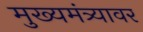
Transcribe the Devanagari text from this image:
मुख्यमंत्र्यावर